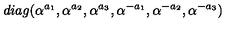
d i a g ( \alpha ^ { a _ { 1 } } , \alpha ^ { a _ { 2 } } , \alpha ^ { a _ { 3 } } , \alpha ^ { - a _ { 1 } } , \alpha ^ { - a _ { 2 } } , \alpha ^ { - a _ { 3 } } )